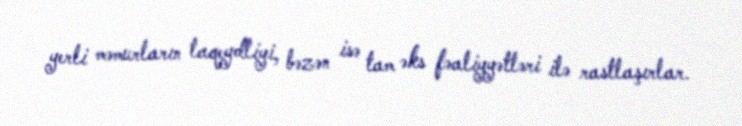
yerli məmurların laqeydliyi, bəzən isə tam əks fəaliyyətləri ilə rastlaşırlar.